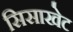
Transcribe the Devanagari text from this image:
सिसाखेट